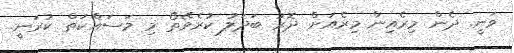
ވަނީ. ދެން މިރެއިން މިރެއަށް ދޮރު ބަދަލު ކުރެވޭތޯ މި މަސައްކަތް ކުރަނީ.